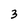
Character: 3